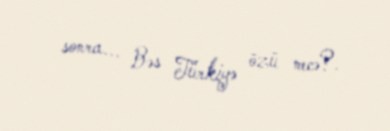
sonra... Bəs Türkiyə özü necə?.